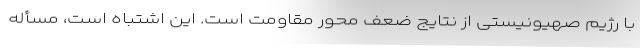
با رژیم صهیونیستی از نتایج ضعف محور مقاومت است. این اشتباه است، مسأله